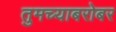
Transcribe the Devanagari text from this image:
तुमच्याबरोबर